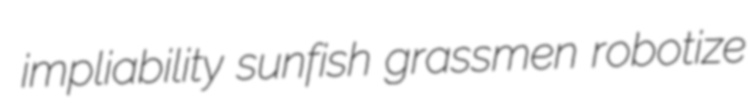
impliability sunfish grassmen robotize